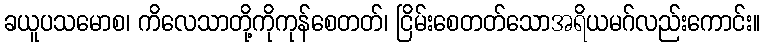
ခယူပသမောစ၊ ကိလေသာတို့ကိုကုန်စေတတ်၊ ငြိမ်းစေတတ်သောအရိယမဂ်လည်းကောင်း။